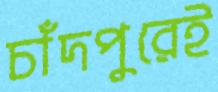
চাঁদপুরেই